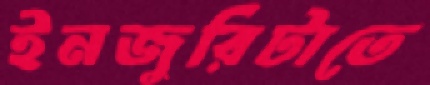
ইনজুরিটাতে